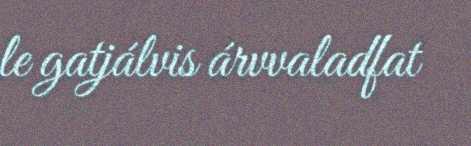
le gatjálvis árvvaladfat